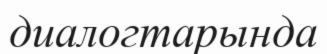
диалогтарында